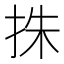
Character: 㧣